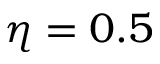
\eta = 0 . 5